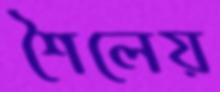
শৈলেয়